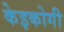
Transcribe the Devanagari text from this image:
केइकोगी